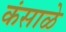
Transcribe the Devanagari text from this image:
कंसाळे